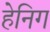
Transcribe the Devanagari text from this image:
हेनिग